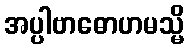
အပ္ပါဗာဓောဟမသ္မိ